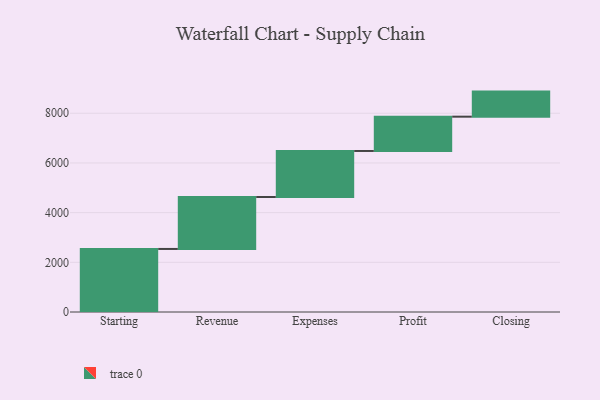
{"axis": {"x": "Step", "y": "Value"}, "legend": [""], "data": [{"x": "Starting", "y": 2538.0, "type": ""}, {"x": "Revenue", "y": 2091.0, "type": ""}, {"x": "Expenses", "y": 1853.0, "type": ""}, {"x": "Profit", "y": 1381.0, "type": ""}, {"x": "Closing", "y": 1009.0, "type": ""}]}